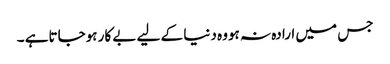
جس میں ارادہ نہ ہووہ دنیا کے لیے بے کار ہوجاتاہے ۔